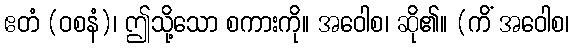
ဧတံ (ဝစနံ)၊ ဤသို့သော စကားကို။ အဝေါစ၊ ဆို၏။ (ကိံ အဝေါစ၊